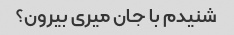
شنیدم با جان میری بیرون؟